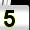
Digit: 5